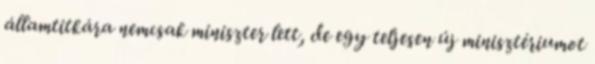
államtitkára nemcsak miniszter lett, de egy teljesen új minisztériumot